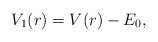
\begin{align*} V_1(r) = V(r) - E_0, \end{align*}